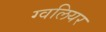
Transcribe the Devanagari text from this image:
ग्वलियर